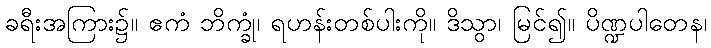
ခရီးအကြား၌။ ဧကံ ဘိက္ခုံ၊ ရဟန်းတစ်ပါးကို။ ဒိသွာ၊ မြင်၍။ ပိဏ္ဍပါတေန၊